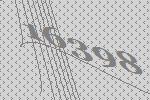
16398